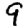
Digit: 9